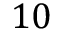
1 0